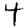
Digit: 4